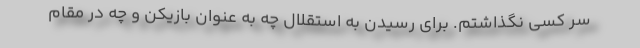
سر کسی نگذاشتم. برای رسیدن به استقلال چه به عنوان بازیکن و چه در مقام